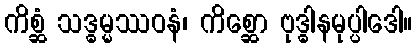
ကိစ္ဆံ သဒ္ဓမ္မဿဝနံ၊ ကိစ္ဆော ဗုဒ္ဓါနမုပ္ပါဒေါ။